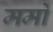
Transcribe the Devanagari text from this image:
मर्मों